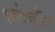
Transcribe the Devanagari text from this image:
एलेक्ज़ैंडर